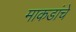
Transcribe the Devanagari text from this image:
माकडांचे